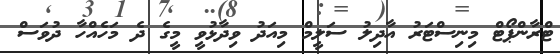
ޓްރާންޕޯޓް މިނިސްޓަރު އާދިލު ސަލީމް މިއަދު ވިދާޅުވީ މީގެ ދެ މަހެއްހާ ދުވަސް